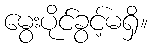
မွေးပိုင်ခွင့်မရှိ။